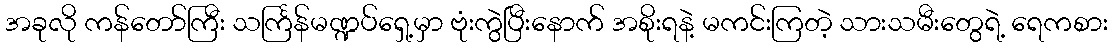
အခုလို ကန်တော်ကြီး သင်္ကြန်မဏ္ဍပ်ရှေ့မှာ ဗုံးကွဲပြီးနောက် အစိုးရနဲ့ မကင်းကြတဲ့ သားသမီးတွေရဲ့ ရေကစား